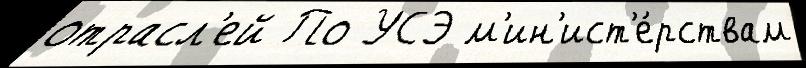
отрасл'ей По УСЭ м'ин'ист'е́рствам